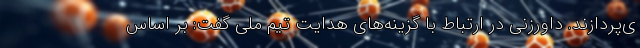
ی‌پردازند. داورزنی در ارتباط با گزینه‌های هدایت تیم ملی گفت: بر اساس